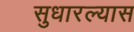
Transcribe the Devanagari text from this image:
सुधारल्यास